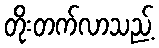
တိုးတက်လာသည့်